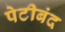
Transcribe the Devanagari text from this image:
पेटीबंद